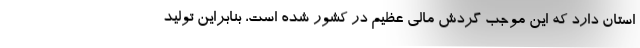
استان دارد که این موجب گردش مالی عظیم در کشور شده است، بنابراین تولید